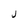
Character: J